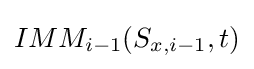
IMM_{i-1}(S_{x,{i-1}},t)